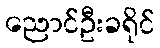
ညောင်ဦးခရိုင်